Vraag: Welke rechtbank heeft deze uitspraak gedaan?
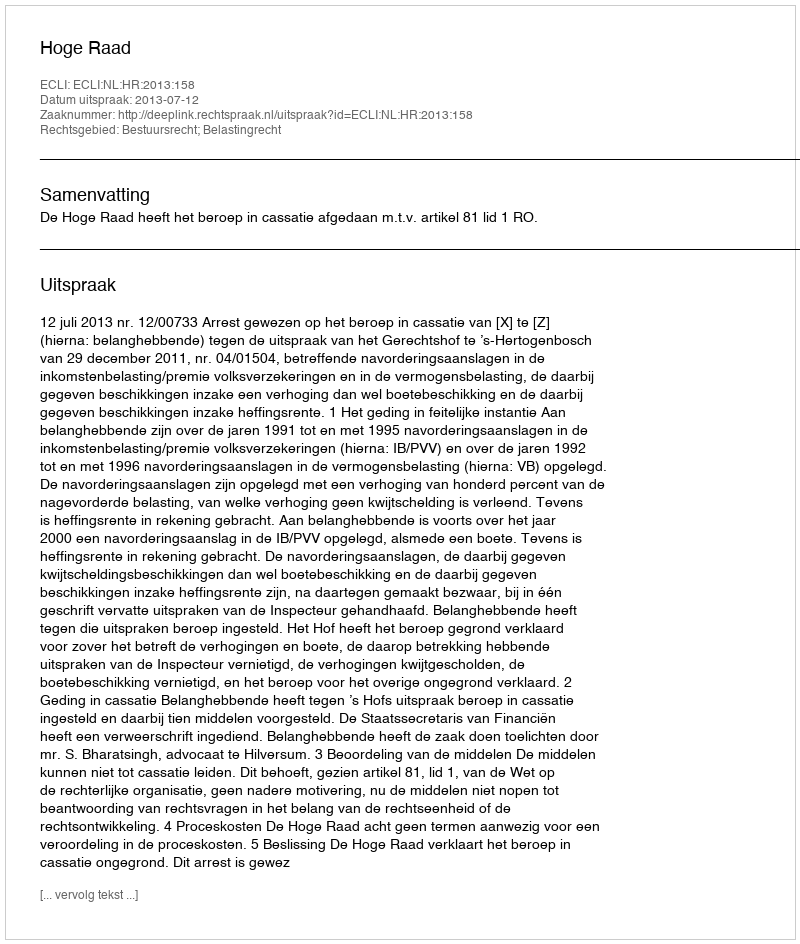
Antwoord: Hoge Raad